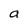
Character: a